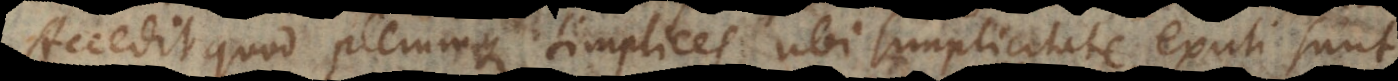
Accedit quod plerumque simplices ubi simplicitate exuti sunt,